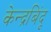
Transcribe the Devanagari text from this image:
केन्द्रबिंदू